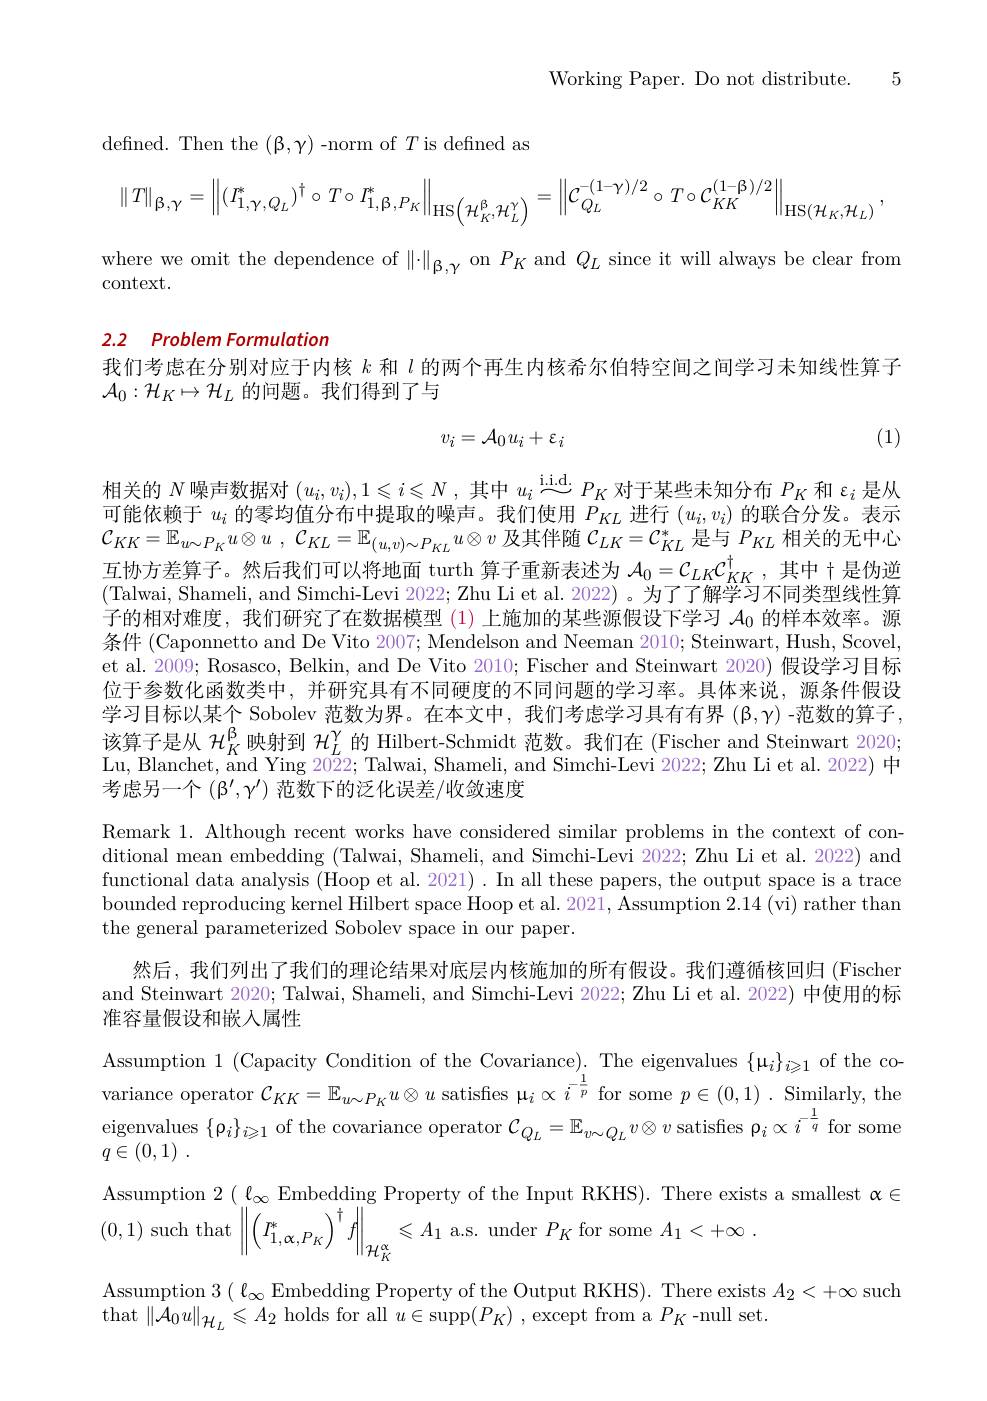
Working Paper. Do not distribute. 5

defined. Then the $(\beta,\gamma)$-norm of $T$is defined as
$$\left\|T\right\|_{\beta,\gamma}=\left\|(I_{1,\gamma,Q_L}^*)^\dagger\circ T\circ I_{1,\beta,P_K}^*\right\|_{\mathrm{HS}\left(\mathcal{H}_K^\beta,\mathcal{H}_L^\gamma\right)}=\left\|\mathcal{C}_{Q_L}^{-(1-\gamma)/2}\circ T\circ\mathcal{C}_{KK}^{(1-\beta)/2}\right\|_{\mathrm{HS}(\mathcal{H}_K,\mathcal{H}_L)},$$
where we omit the dependence of $\|\cdot\|_{\beta,\gamma}$ on $P_K$ and $Q_L$ since it will always be clear from
context.

## 2.2 Problem Formulation

我们考虑在分别对应于内核$k$和$l$的两个再生内核希尔伯特空间之间学习未知线性算子
$\mathcal{A}_0:\mathcal{H}_K\mapsto\mathcal{H}_L$的问题。我们得到了与

(1)
$$v_i=\mathcal{A}_0u_i+\varepsilon_i$$
相关的$N$噪声数据对$(u_i,v_i),1\leqslant i\leqslant N$ ,其中$u_i\overset{\mathrm{i.i.d.}}{\operatorname*{\sim}}P_K$对于某些未知分布$P_K$和$\varepsilon_i$是从可能依赖于$u_i$的零均值分布中提取的噪声。我们使用$P_KL$进行$(u_i,v_i)$的联合分发。表示$\mathcal{C} _{KK}= \mathbb{E} _{u\sim P_K}u\otimes u$ , $\mathcal{C} _{KL}= \mathbb{E} _{( u, v) \sim P_{KL}}u\otimes v$及其伴随$\mathcal{C}_LK=\mathcal{C}_{KL}^*$是与$P_KL$相关的无中心互 协 方 差 算 子 。然 后 我 们 可 以 将 地 面 turth 算 子 重 新 表 述 为 $\mathcal{A} _0= \mathcal{C} _LK\mathcal{C} _{KK}^\dagger $,其 中 十 是 伪 逆 互 协 方 差 算 子 。然 后 我 们 可 以 将 地 面 turth 算 子 重 新 表 述 为 $\mathcal{A} _0= \mathcal{C} _LK\mathcal{C} _{KK}^\dagger $,其 中 十 是 伪 逆(Talwai, Shameli, and Simchi-Levi 2022; Zhu Li et al. 2022) 。为了了解学习不同类型线性算子的相对难度，我们研究了在数据模型(1)上施加的某些源假设下学习$\mathcal{A}_0$的样本效率。源条件 (Caponnetto and De Vito 2007; Mendelson and Neeman 2010; Steinwart, Hush, Scovel, et al. 2009; Rosasco, Belkin, and De Vito 2010; Fischer and Steinwart 2020) 假设学习目标位于参数化函数类中，并研究具有不同硬度的不同问题的学习率。具体来说，源条件假设学习目标以某个 Sobolev 范数为界。在本文中，我们考虑学习具有有界$(\mathfrak{\beta},\mathfrak{\gamma})$ -范数的算子， 该算子是从$\mathcal{H}_K^\mathrm{\beta}$映射到$\mathcal{H}_L^\mathrm{\gamma}$的 Hilbert-Schmidt 范数。我们在 (Fischer and Steinwart 2020; Lu, Blanchet, and Ying $20\bar{2}2;$ Talwai, Shameli, and Simchi-Levi 2022; Zhu Li et al. 2022) 中考虑另一个$(\beta^{\prime},\gamma^{\prime})$范数下的泛化误差/收敛速度

Remark 1. Although recent works have considered similar problems in the context of conditional mean embedding (Talwai, Shameli, and Simchi-Levi 2022; Zhu Li et al. 2022) and functional data analysis (Hoop et al. 2021). In all these papers, the output space is a trace bounded reproducing kernel Hilbert space Hoop et al. 2021, Assumption 2.14 (vi) rather than the general parameterized Sobolev space in our paper.
然后，我们列出了我们的理论结果对底层内核施加的所有假设。我们遵循核回归 (Fischent) and Steinwart 2020; Talwai, Shameli, and Simchi-Levi 2022; Zhu Li et al. 2022) 中使用的标准容量假设和嵌入属性
Assumption 1 (Capacity Condition of the Covariance). The eigenvalues $\{\mathbf{\mu}_{i}\}_{i\geqslant1}$ of the covariance operator $\mathcal{C}_KK=\mathbb{E}_{u\sim P_K}u\otimes u$ satisfies $\mathbf{\mu}_i\propto i^-\overline{p}$ for some $p\in(0,1).$ Similarly, the eigenvalues $\{ \rho _i\} _{i\geqslant 1}$ of the covariance operator $\mathcal{C} _{Q_L}= \mathbb{E} _{v\sim Q_L}v\otimes v$ satisfies $\mathfrak{\rho } _i\propto i^{- \frac 1q}$ for some eigenvalues $\{ \rho _i\} _{i\geqslant 1}$ of the covariance operator $\mathcal{C} _{Q_L}= \mathbb{E} _{v\sim Q_L}v\otimes v$ satisfies $\boldsymbol{\rho }_i\propto i^{- \frac 1q}$ for some $q\in ( 0, 1)$ .
Assumption 2 $(\ell_{\infty}$ Embedding Property of the Input RKHS). There exists a smallest $\alpha\in$
(0,1) such that$\left\|\left(I_{1,\alpha,P_{K}}^{*}\right)^{\dagger}f\right\|_{\mathcal{H}_{K}^{\alpha}}\leqslant A_{1}$ a.s. under $P_K$ for some $A_1<+\infty$
Assumption 3 $(\ell_\infty$ Embedding Property of the Output RKHS). There exists $A_2<+\infty$ such
that $\|\mathcal{A}_0u\|_{\mathcal{H}_L}\leqslant A_2$ holds for all $u\in\operatorname{supp}(P_K)$ , except from a $P_K$-null set.